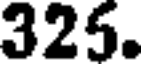
325.